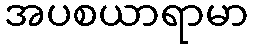
အပစယာရာမာ